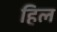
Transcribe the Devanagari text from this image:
हिल